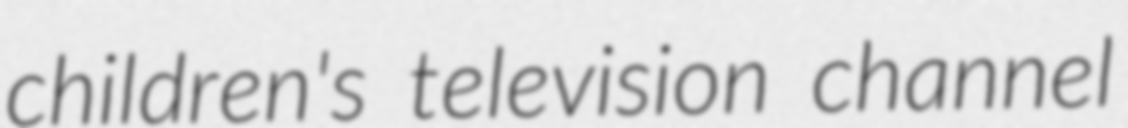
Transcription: children's television channel